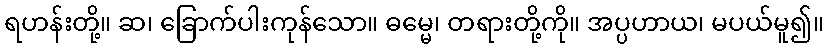
ရဟန်းတို့။ ဆ၊ ခြောက်ပါးကုန်သော။ ဓမ္မေ၊ တရားတို့ကို။ အပ္ပဟာယ၊ မပယ်မူ၍။